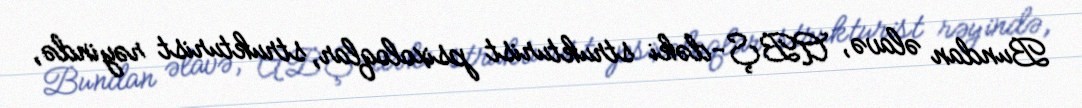
Bundan əlavə, ABŞ-dəki strukturist psixoloqlar, strukturist rəyində,